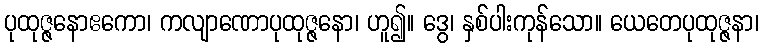
ပုထုဇ္ဇနောဧကော၊ ကလျာဏောပုထုဇ္ဇနော၊ ဟူ၍။ ဒွေ၊ နှစ်ပါးကုန်သော။ ယေတေပုထုဇ္ဇနာ၊